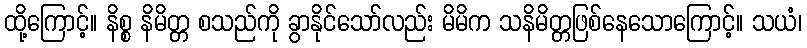
ထို့ကြောင့်။ နိစ္စ နိမိတ္တ စသည်ကို ခွာနိုင်သော်လည်း မိမိက သနိမိတ္တဖြစ်နေသောကြောင့်။ သယံ၊